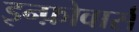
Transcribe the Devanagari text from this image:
इन्फ़ोवार्स